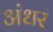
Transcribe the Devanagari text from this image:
अंधर